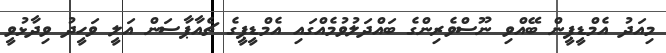
މިއަދު އެމްޑީޕީން ބޭއްވި ނޫސްވެރިންގެ ބައްދަލުވުމެއްގައި އެމްޑީޕީގެ ޗެއާޕާސަން އަލީ ވަހީދު ވިދާޅުވީ